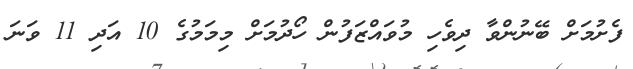
ފެށުމަށް ބޭނުންވާ ދިވެހި މުވައްޒަފުން ހޯދުމަށް މިމަމުގެ 10 އަދި 11 ވަނަ